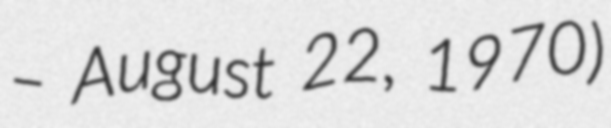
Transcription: – August 22, 1970)